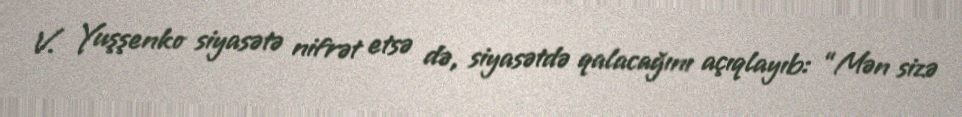
V. Yuşşenko siyasətə nifrət etsə də, siyasətdə qalacağını açıqlayıb: “Mən sizə